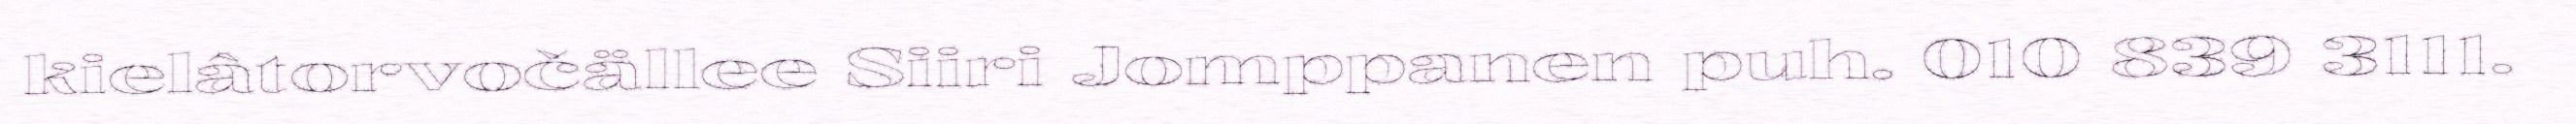
kielâtorvočällee Siiri Jomppanen puh. 010 839 3111.